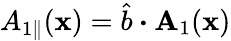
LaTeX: {A}_{1\parallel}(\textbf{x})=\hat{b}\boldsymbol{\cdot}\textbf{A}_{1}(\textbf{x})